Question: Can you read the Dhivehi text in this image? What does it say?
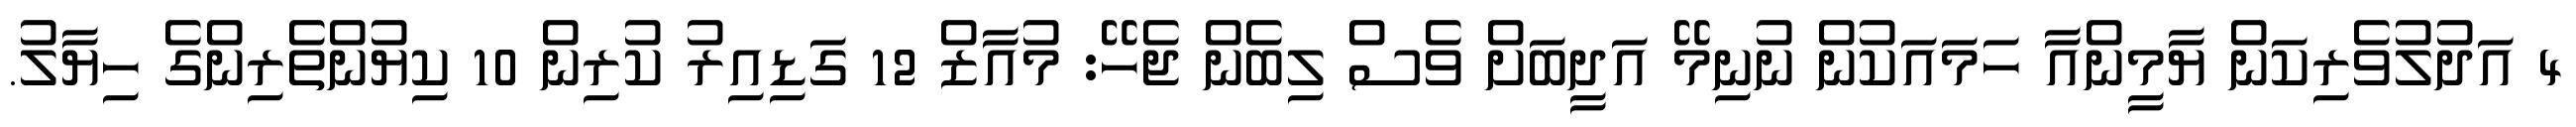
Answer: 4 އަދުލުވެރިކަން ޔާމީންއާ ހަމައަކުން ނުނިމޭ އަދީބަށް ވެސް ލިބެން ޖެހޭ: މުއާޒް 12 ގަޑިއިރު ކުރިން 10 ކިޔުންތެރިންގެ ހިޔާލު.